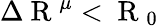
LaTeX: \Delta\mathrm{~R~}^{\mu}<\mathrm{~R~}_{0}